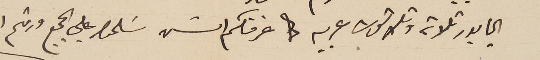
البابور ثلاثة وثلاثون عربية عرفتكم امسَ سَلمولي على الجميع ودمتم